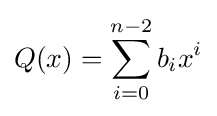
Q(x)=\sum _{i=0}^{n-2}b_{i}x^{i}